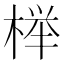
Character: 榉